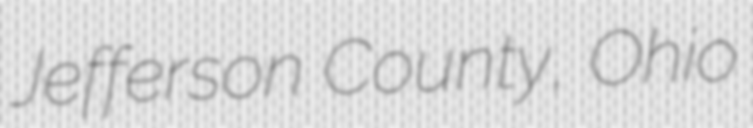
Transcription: Jefferson County, Ohio